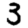
Digit: 3